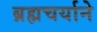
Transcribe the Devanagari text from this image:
ब्रह्मचर्याने